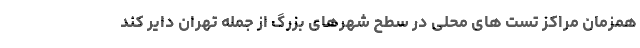
همزمان مراکز تست های محلی در سطح شهرهای بزرگ از جمله تهران دایر کند